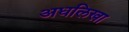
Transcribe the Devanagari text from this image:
अधलिखा